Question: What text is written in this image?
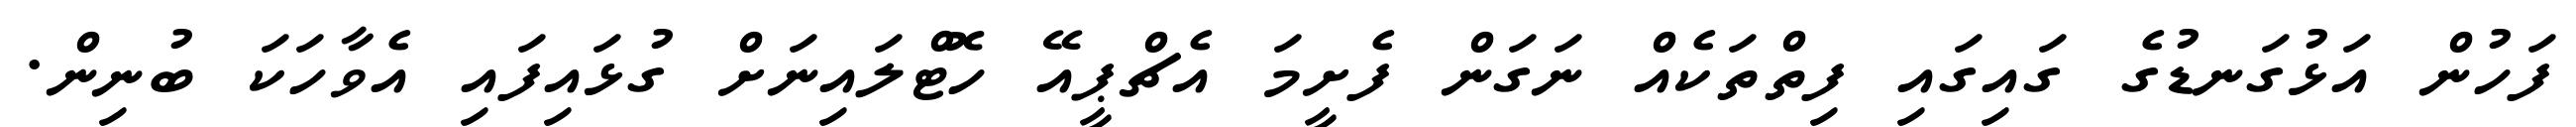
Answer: ފަހުން އަޅުގަނޑުގެ ގައިގައި ފިތްތަކެއް ނަގަން ފެށީމަ އެޗްޕީއޭ ހޮޓްލައިނަށް ގުޅައިފައި އެވާހަކަ ބުނިން.